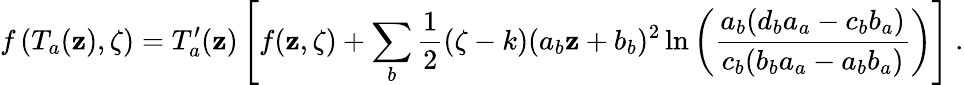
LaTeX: f\left(T_{a}(\mathbf{z}),\zeta\right)=T_{a}^{\prime}(\mathbf{z})\left[f(\mathbf{z},\zeta)+\sum_{b}\frac{{1}}{{2}}(\zeta-k)(a_{b}\mathbf{z}+b_{b})^{2}\ln\left(\frac{{a_{b}(d_{b}a_{a}-c_{b}b_{a})}}{{c_{b}(b_{b}a_{a}-a_{b}b_{a})}}\right)\right]\ .